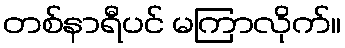
တစ်နာရီပင် မကြာလိုက်။